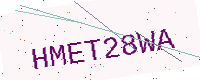
Text: HMET28WA